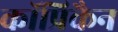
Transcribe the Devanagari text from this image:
कॉप्रिकैन